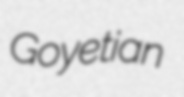
Goyetian